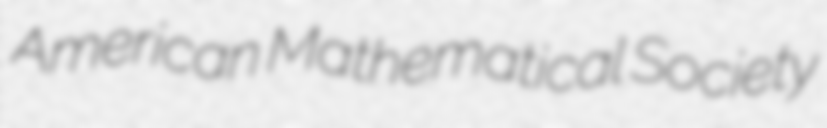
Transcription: American Mathematical Society